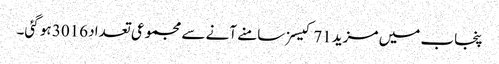
پنجاب میں مزید 71 کیسزسامنے آنے سے مجموعی تعداد 3016 ہو گئی۔